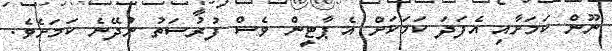
ނޫން ކަމަށާއި އެފަދަ ކަމަކަށް އެ ޕާޓީން ވެސް ފުރުސަތު ނުދޭނެ ކަމަށެވެ.